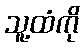
သူ့ထံကို